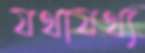
যথাযথ্য